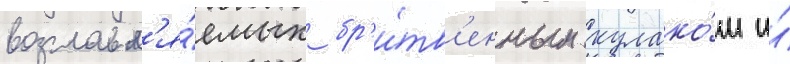
возглавл'я́емых бр'и́тв'енным кулако́м и́